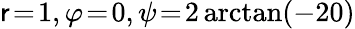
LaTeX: \mathsf{r}\! =\! 1,\varphi\! =\! 0,\psi\! =\! 2\arctan(-20)